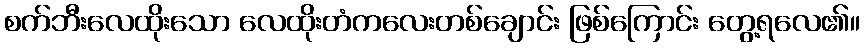
စက်ဘီးလေထိုးသော လေထိုးတံကလေးတစ်ချောင်း ဖြစ်ကြောင်း တွေ့ရလေ၏။